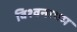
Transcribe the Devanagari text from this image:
विश्वनाथम